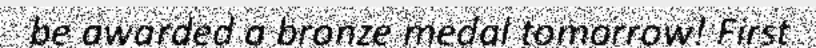
be awarded a bronze medal tomorrow! First